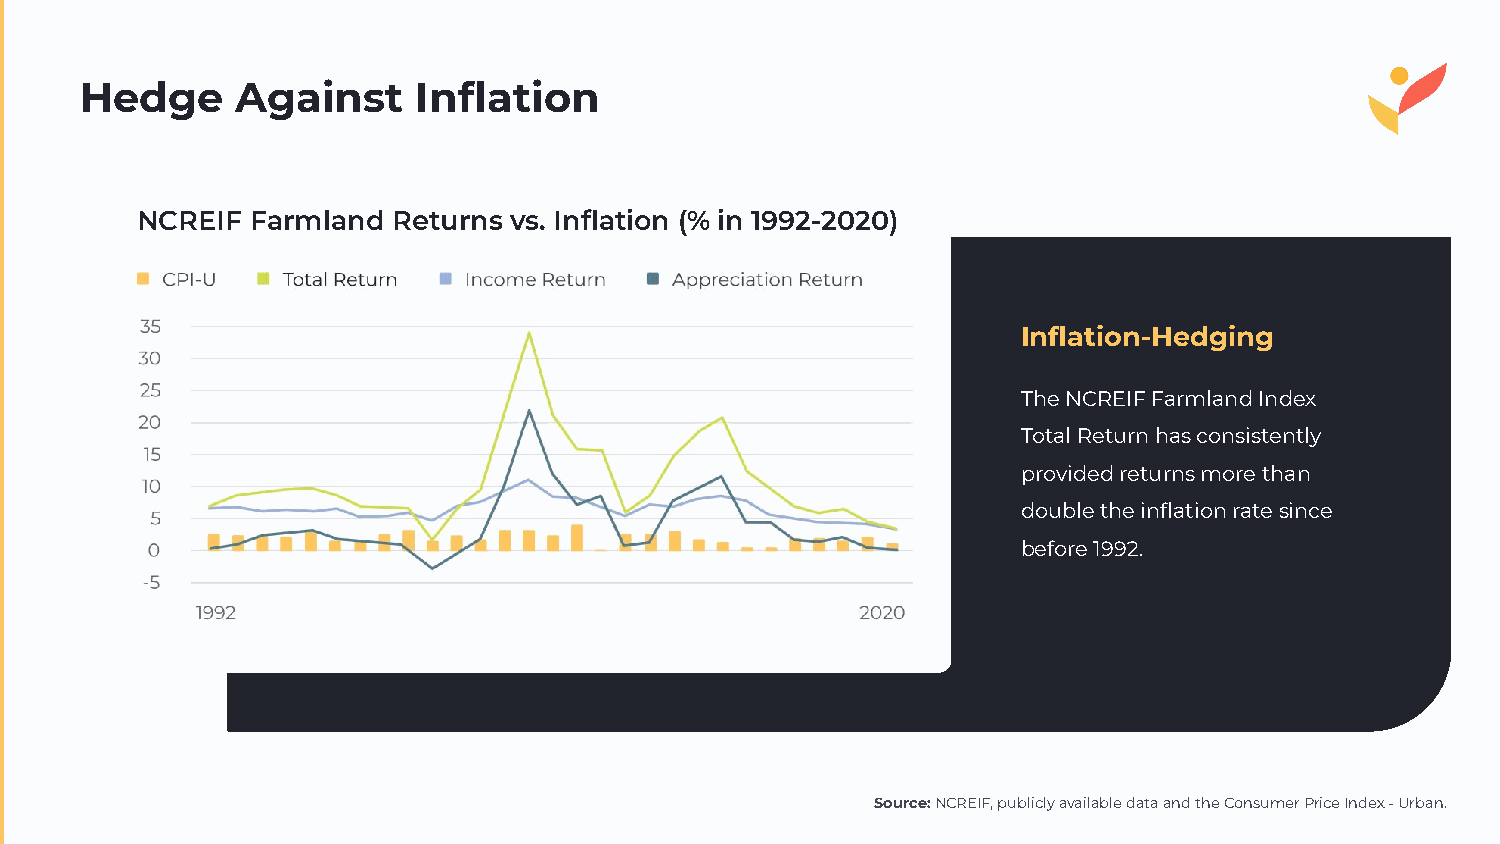
Hedge      Against     Inflation
 NCREIF  Farmland Returns vs. Inflation (% in 1992-2020)
 Inflation-Hedging
 The NCREIF Farmland Index
 Total Return has consistently
 provided returns more than
 double the inflation rate since
 before 1992.
 Source: NCREIF, publicly available data and the Consumer Price Index - Urban.